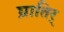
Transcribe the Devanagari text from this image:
घ्रातिर्